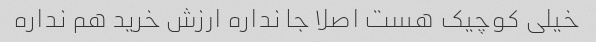
خیلی کوچیک هست اصلا جا نداره ارزش خرید هم نداره